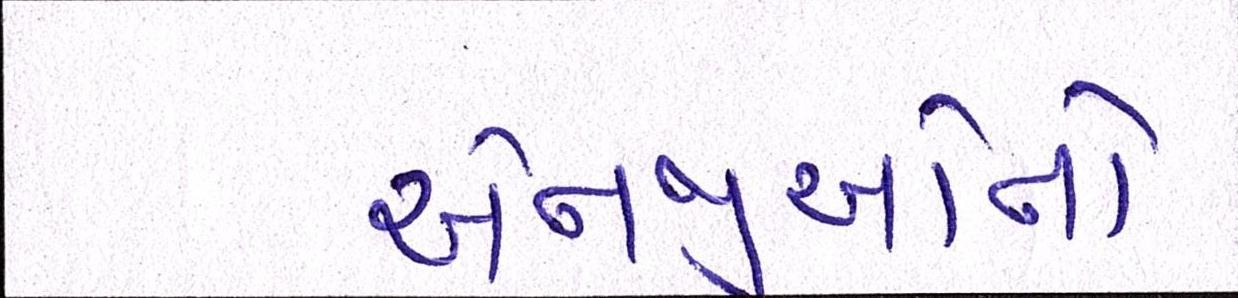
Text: એનજીઓનો